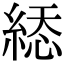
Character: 𦁔